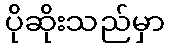
ပိုဆိုးသည်မှာ